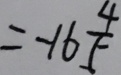
= - 1 6 \frac { 4 } { 5 }